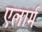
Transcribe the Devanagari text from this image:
एलार्म